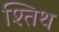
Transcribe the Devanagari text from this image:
श्तिथ